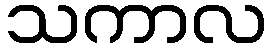
သကာလ